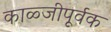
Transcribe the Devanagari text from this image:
काळ्जीपूर्वक